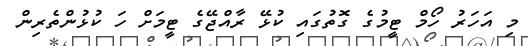
މި އަހަރު ހޯމް ޓީމުގެ ގޮތުގައި ކުޅޭ ރާއްޖޭގެ ޓީމަށް ހަ ކުޅުންތެރިން